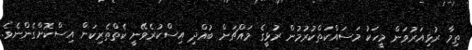
ތިމާ ރުޅިއަރުވަން މީހަކު މަސައްކަތްކުރުމުން ރުޅީގެ މައްޗަށް ބުއްދި އިސްކުރެވޭނީ ކެތްތެރިކަން އިސްކޮށްގެންނެވެ.